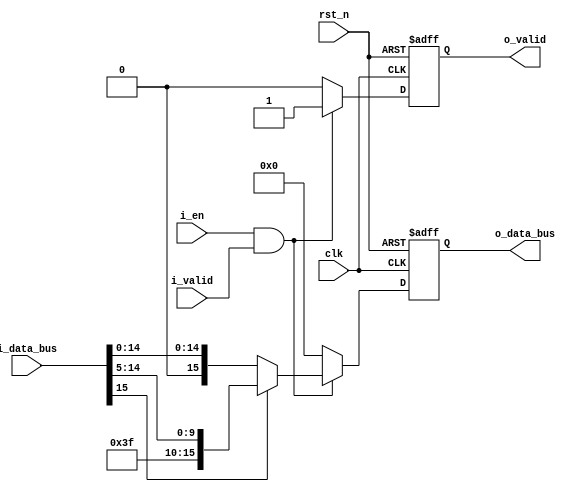
`timescale 1ns / 1ps
/*
    Top Module:  leakyrelu_seq
    Data:        Only data width matters -- 2's complement data representation
    Format:      keeping the input format unchange
    Timing:      Sequential Logic
    Reset:       Asynchronized Reset [Low Reset]
    Latency:     1 cycle
    Dummy Data:  {DATA_WIDTH{1'b0}}

    Function:   
                        
                        ^ o_data_bus [DATA_WIDTH-1:0]
                        |
                        |       /
                        |      /
                        |     /
                        |    /
                        |   /
                        |  /
                        | /
     ___________________|/__________________ > i_data_bus [DATA_WIDTH-1:0]
                       /|0                        
                     /  |
                   /    |
                 /      |
               /        |
             /          |
           /            |

     ratio = 1/(2^NEGATIVE_SLOPE_SHIFT)

    Author:      Jianming Tong (jianming.tong@gatech.edu)
*/


module leakyrelu_seq#(
    parameter DATA_WIDTH = 16,
    parameter NEGATIVE_SLOPE_SHIFT = 5
)(
    // timeing signals
    clk,
    rst_n,

    // data signals
    i_valid,        // valid input data signal
    i_data_bus,     // input data bus coming into adder

    o_valid,        // output valid
    o_data_bus,     // output data

    // control signals
    i_en            // adder enable
);
    // parameter 
    localparam   signed  [DATA_WIDTH-1:0]     ZERO_POINT = {DATA_WIDTH{1'b0}};

    // timing signals
    input                                           clk;
    input                                           rst_n;

    // interface
    input      signed       [DATA_WIDTH-1:0]        i_data_bus;
    input                                           i_valid;

    output     signed       [DATA_WIDTH-1:0]        o_data_bus;
    output                                          o_valid;

    input                                           i_en;

    // inner logic
    reg        signed       [DATA_WIDTH-1:0]        o_data_bus_inner;         
    reg                                             o_valid_inner;         

    always@(posedge clk or negedge rst_n)
    begin
        if(!rst_n)
        begin
            o_data_bus_inner <= ZERO_POINT;
            o_valid_inner <= 1'b0;
        end
        else if(i_en & i_valid)
        begin
            o_data_bus_inner <= (i_data_bus[DATA_WIDTH-1])? (i_data_bus>>>NEGATIVE_SLOPE_SHIFT):i_data_bus;       
            o_valid_inner <= 1'b1;
        end
        else
        begin
            o_data_bus_inner <= ZERO_POINT;
            o_valid_inner <= 1'b0;
        end
    end

    assign o_data_bus = o_data_bus_inner;
    assign o_valid = o_valid_inner;

endmodule